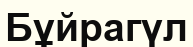
Бұйрагүл